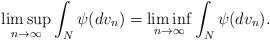
\begin{align*} \limsup_{n \to \infty} \int_{N} \psi (d v_n)=\liminf_{n \to \infty} \int_{N} \psi (d v_n).\end{align*}